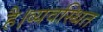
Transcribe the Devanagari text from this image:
है।व्यवस्थित